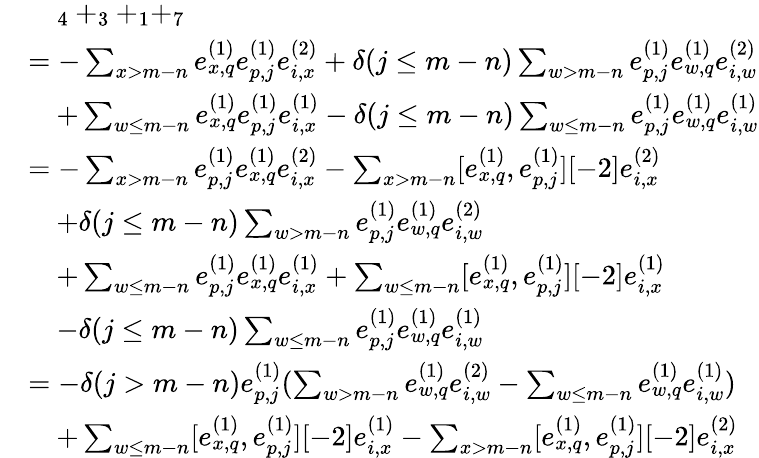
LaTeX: \begin{array}{rl}&{\quad_{4}+_{3}+_{1}+_{7}}\\ &{=-\sum_{x>m-n}e_{x,q}^{(1)}e_{p,j}^{(1)}e_{i,x}^{(2)}+\delta(j\leq m-n)\sum_{w>m-n}e_{p,j}^{(1)}e_{w,q}^{(1)}e_{i,w}^{(2)}}\\ &{\quad+\sum_{\substack{w\leq m-n}}e_{x,q}^{(1)}e_{p,j}^{(1)}e_{i,x}^{(1)}-\delta(j\leq m-n)\sum_{w\leq m-n}e_{p,j}^{(1)}e_{w,q}^{(1)}e_{i,w}^{(1)}}\\ &{=-\sum_{x>m-n}e_{p,j}^{(1)}e_{x,q}^{(1)}e_{i,x}^{(2)}-\sum_{x>m-n}[e_{x,q}^{(1)},e_{p,j}^{(1)}][-2]e_{i,x}^{(2)}}\\ &{\quad+\delta(j\leq m-n)\sum_{w>m-n}e_{p,j}^{(1)}e_{w,q}^{(1)}e_{i,w}^{(2)}}\\ &{\quad+\sum_{\substack{w\leq m-n}}e_{p,j}^{(1)}e_{x,q}^{(1)}e_{i,x}^{(1)}+\sum_{\substack{w\leq m-n}}[e_{x,q}^{(1)},e_{p,j}^{(1)}][-2]e_{i,x}^{(1)}}\\ &{\quad-\delta(j\leq m-n)\sum_{w\leq m-n}e_{p,j}^{(1)}e_{w,q}^{(1)}e_{i,w}^{(1)}}\\ &{=-\delta(j>m-n)e_{p,j}^{(1)}(\sum_{w>m-n}e_{w,q}^{(1)}e_{i,w}^{(2)}-\sum_{w\leq m-n}e_{w,q}^{(1)}e_{i,w}^{(1)})}\\ &{\quad+\sum_{\substack{w\leq m-n}}[e_{x,q}^{(1)},e_{p,j}^{(1)}][-2]e_{i,x}^{(1)}-\sum_{x>m-n}[e_{x,q}^{(1)},e_{p,j}^{(1)}][-2]e_{i,x}^{(2)}}\end{array}